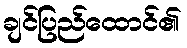
ချင်ပြည်ထောင်၏